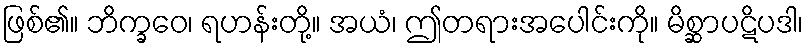
ဖြစ်၏။ ဘိက္ခဝေ၊ ရဟန်းတို့။ အယံ၊ ဤတရားအပေါင်းကို။ မိစ္ဆာပဋိပဒါ၊